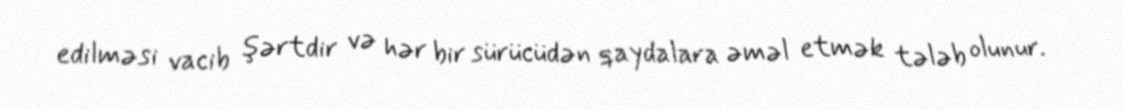
edilməsi vacib şərtdir və hər bir sürücüdən qaydalara əməl etmək tələb olunur.